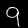
Digit: 9